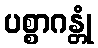
ပစ္စာဂန္တုံ